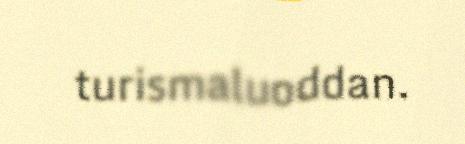
turismaluoddan.